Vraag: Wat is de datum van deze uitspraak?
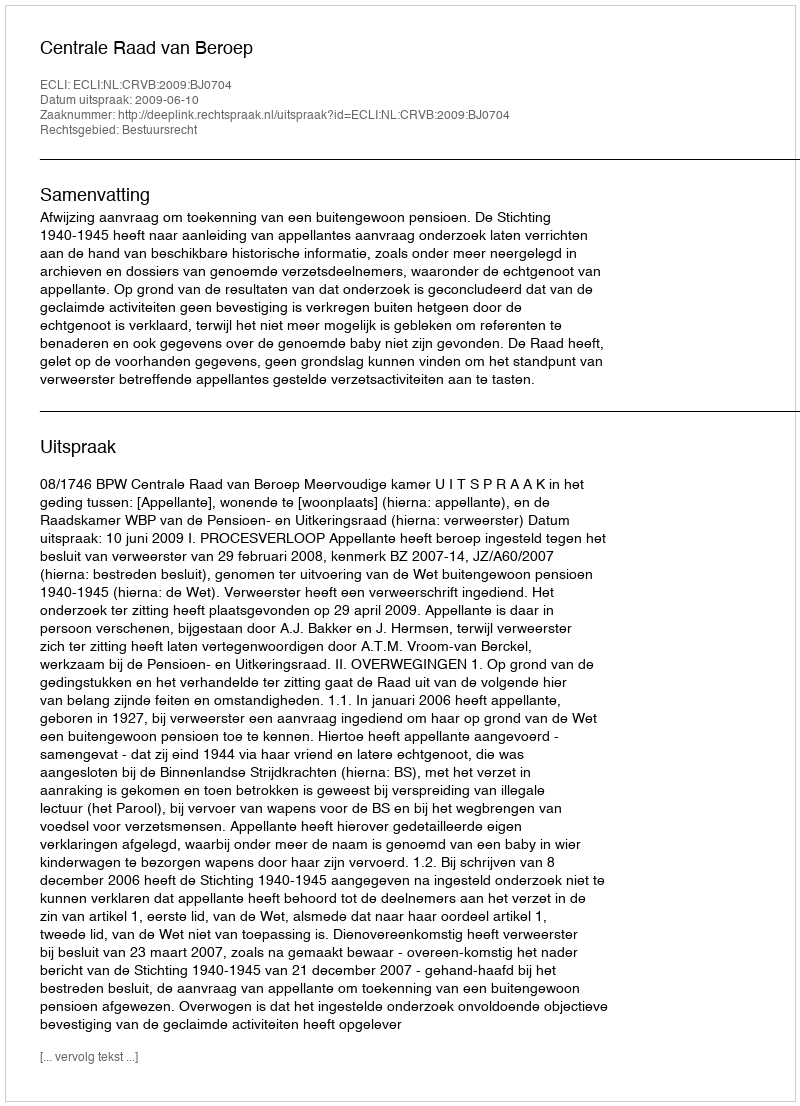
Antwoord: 2009-06-10